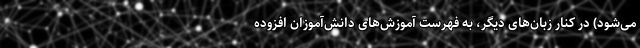
می‌شود) در کنار زبان‌های دیگر، به فهرست آموزش‌های دانش‌آموزان افزوده